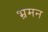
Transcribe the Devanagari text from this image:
भ्रमन